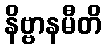
နိဗ္ဗာနမီတိ